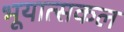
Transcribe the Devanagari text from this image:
भूयात्सकल